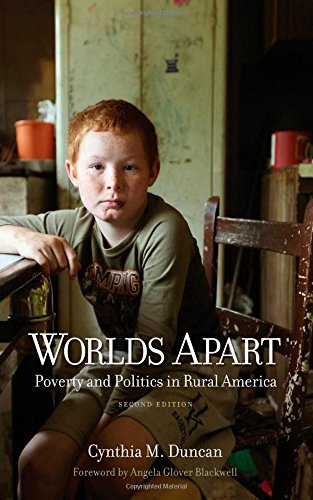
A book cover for Worlds Apart: Poverty and Politics in Rural America, Second Edition; Cynthia M. Duncan; Politics & Social Sciences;